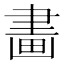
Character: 畵